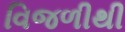
વિજળીથી